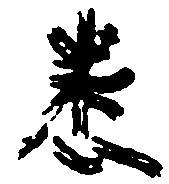
悉